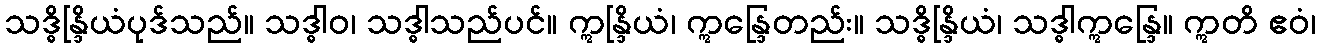
သဒ္ဓိန္ဒြိယံပုဒ်သည်။ သဒ္ဓါဝ၊ သဒ္ဓါသည်ပင်။ ဣန္ဒြိယံ၊ ဣန္ဒြေတည်း။ သဒ္ဓိန္ဒြိယံ၊ သဒ္ဓါဣန္ဒြေ။ ဣတိ ဧဝံ၊